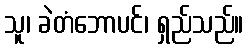
သူ၊ ခဲတံဘောပင်၊ ရှည်သည်။